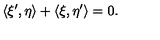
\langle \xi ^ { \prime } , \eta \rangle + \langle \xi , \eta ^ { \prime } \rangle = 0 .